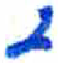
אות: י